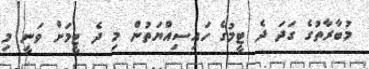
މުބާރާތުގެ ގަދަ ދެ ޓީމުގެ ހައިސިއްޔަތުން މި ދެ ޓީމަށް ވަނީ މި